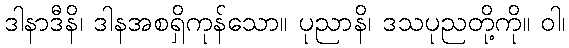
ဒါနာဒီနိ၊ ဒါနအစရှိကုန်သော။ ပုညာနိ၊ ဒသပုညတို့ကို။ ဝါ၊